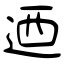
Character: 迺